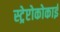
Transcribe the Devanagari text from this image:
स्ट्रेप्टोकोकाई